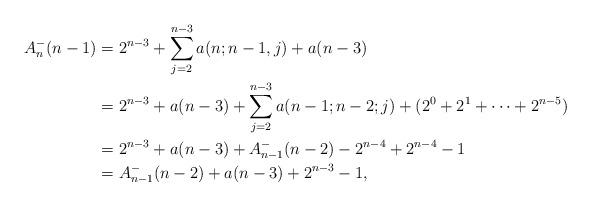
LaTeX: \begin{align*}A_n^-(n-1)&=2^{n-3}+\sum_{j=2}^{n-3}a(n;n-1,j)+a(n-3)\\&=2^{n-3}+a(n-3)+\sum_{j=2}^{n-3}a(n-1;n-2;j)+(2^0+2^1+\cdots+2^{n-5})\\&=2^{n-3}+a(n-3)+A_{n-1}^-(n-2)-2^{n-4}+2^{n-4}-1\\&=A_{n-1}^-(n-2)+a(n-3)+2^{n-3}-1,\end{align*}